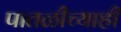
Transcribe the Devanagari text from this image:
पातळीच्याही